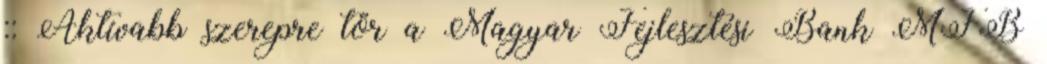
:: Aktívabb szerepre tör a Magyar Fejlesztési Bank MFB